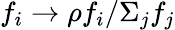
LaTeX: f_{i}\to\rho f_{i}/\Sigma_{j}f_{j}